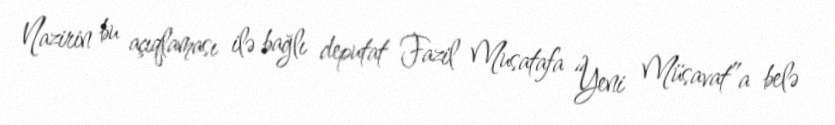
Nazirin bu açıqlaması ilə bağlı deputat Fazil Musatafa “Yeni Müsavat”a belə